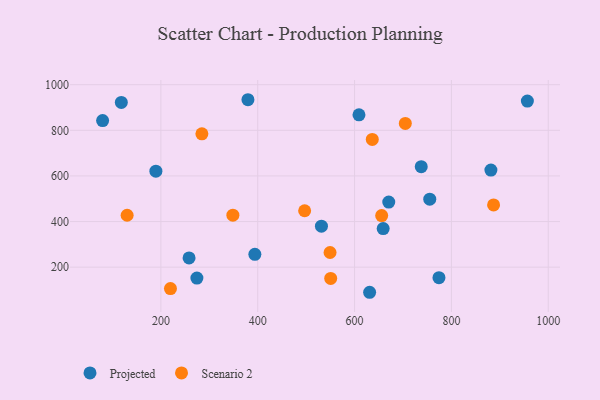
{"axis": {"x": "Speed", "y": "Fuel Efficiency"}, "legend": ["Projected", "Scenario 2"], "data": [{"x": "274.4", "y": 152.1, "type": "Projected"}, {"x": "118.3", "y": 922.0, "type": "Projected"}, {"x": "881.6", "y": 625.6, "type": "Projected"}, {"x": "79.7", "y": 842.5, "type": "Projected"}, {"x": "659.1", "y": 369.4, "type": "Projected"}, {"x": "956.9", "y": 927.9, "type": "Projected"}, {"x": "609.1", "y": 867.6, "type": "Projected"}, {"x": "737.7", "y": 640.5, "type": "Projected"}, {"x": "670.6", "y": 485.2, "type": "Projected"}, {"x": "631.1", "y": 90.0, "type": "Projected"}, {"x": "394.1", "y": 256.4, "type": "Projected"}, {"x": "531.6", "y": 379.7, "type": "Projected"}, {"x": "755.3", "y": 498.3, "type": "Projected"}, {"x": "258.2", "y": 240.4, "type": "Projected"}, {"x": "189.7", "y": 620.6, "type": "Projected"}, {"x": "774.3", "y": 154.2, "type": "Projected"}, {"x": "379.8", "y": 934.0, "type": "Projected"}, {"x": "550.7", "y": 150.8, "type": "Scenario 2"}, {"x": "549.4", "y": 264.3, "type": "Scenario 2"}, {"x": "704.8", "y": 830.1, "type": "Scenario 2"}, {"x": "219.8", "y": 106.2, "type": "Scenario 2"}, {"x": "284.7", "y": 784.4, "type": "Scenario 2"}, {"x": "496.9", "y": 447.3, "type": "Scenario 2"}, {"x": "348.7", "y": 427.8, "type": "Scenario 2"}, {"x": "656.0", "y": 426.0, "type": "Scenario 2"}, {"x": "636.6", "y": 760.2, "type": "Scenario 2"}, {"x": "130.3", "y": 427.6, "type": "Scenario 2"}, {"x": "887.1", "y": 473.0, "type": "Scenario 2"}]}